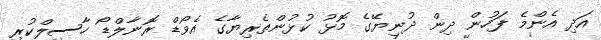
އަދި އެންމެ ފަހުން ދިން ދުނިޔޭގެ މޮޅު ކުޅުންތެރިޔާގެ އެވޯޑް ރޮނާލްޑޯ ހާސިލްކުރި